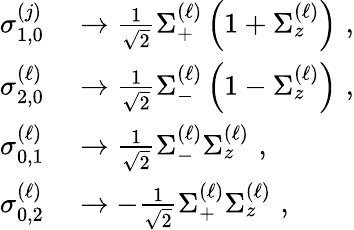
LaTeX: \begin{array}{rl}{\sigma_{1,0}^{\left(j\right)}}&{{}\rightarrow\frac{1}{\sqrt{2}}\Sigma_{+}^{\left(\ell\right)}\left(1+\Sigma_{z}^{\left(\ell\right)}\right)\, \, ,}\\ {\sigma_{2,0}^{\left(\ell\right)}}&{{}\rightarrow\frac{1}{\sqrt{2}}\Sigma_{-}^{\left(\ell\right)}\left(1-\Sigma_{z}^{\left(\ell\right)}\right)\, \, ,}\\ {\sigma_{0,1}^{\left(\ell\right)}}&{{}\rightarrow\frac{1}{\sqrt{2}}\Sigma_{-}^{\left(\ell\right)}\Sigma_{z}^{\left(\ell\right)}\, \, ,}\\ {\sigma_{0,2}^{\left(\ell\right)}}&{{}\rightarrow-\frac{1}{\sqrt{2}}\Sigma_{+}^{\left(\ell\right)}\Sigma_{z}^{\left(\ell\right)}\, \, ,}\end{array}